Civil Veterinary Department Bihar & Orissa reports 1922-29 - 1922-1929
Year: 1922
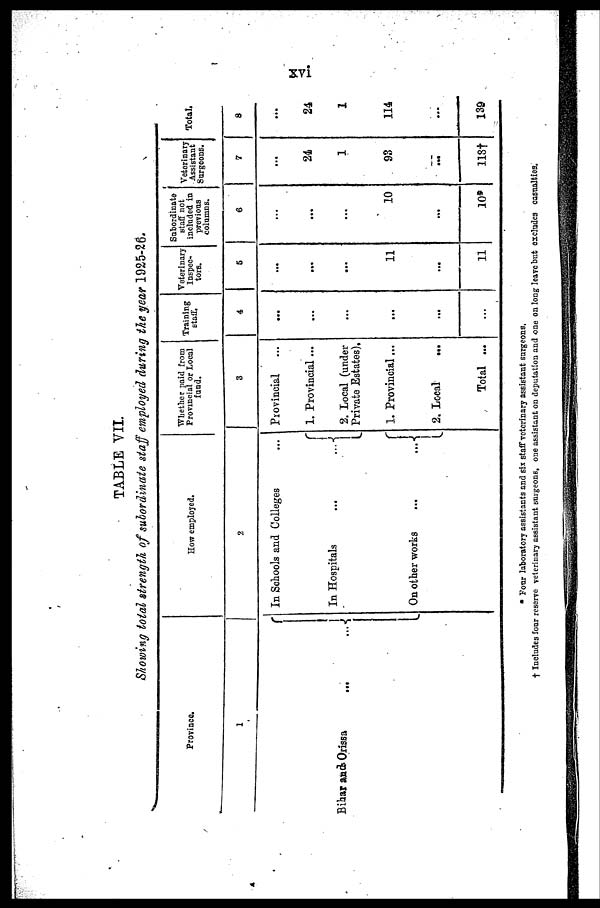
xvi
TABLE VII.
Showing total strength of subordinate staff employed during the year 1925-26.
Province.
1
Bihar and Orissa
...
...
How employed.
2
In Schools and Colleges
...
In Hospitals
On other works
...
Whether paid from
Provincial or Local
fund.
3
Provincial
1. Provincial ...
2. Local (under
Private Estates)
1. Provincial...
2. Local
...
Total ...
Training
staff.
4
...
...
...
...
...
Veterinary
Inspec-
tors.
5
...
...
...
11
...
11
Subordinate
staff not
included in
previous
columns.
6
...
...
...
10
...
10*
Veterinary
Assistant
Surgeons.
7
...
24
1
93
...
118t
Total.
8
...
24
1
114
...
139
* Four laboratory assistants and six staff veterinary assistant surgeons.
† Includes four reserve veterinary assistant surgeons, one assistant on deputation and one on long leave but excludes casualties.